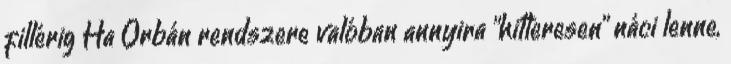
fillérig Ha Orbán rendszere valóban annyira "hitleresen" náci lenne,